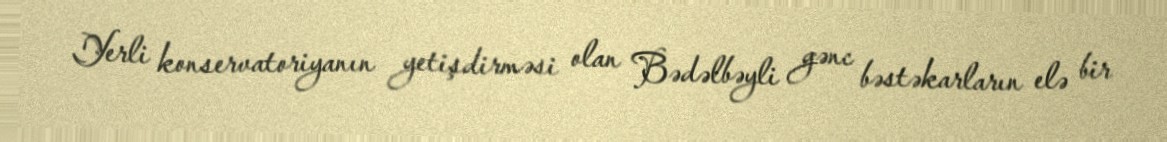
Yerli konservatoriyanın yetişdirməsi olan Bədəlbəyli gənc bəstəkarların elə bir